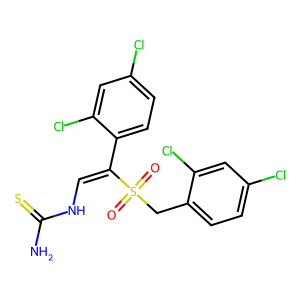
SMILES: NC(=S)NC=C(c1ccc(Cl)cc1Cl)S(=O)(=O)Cc1ccc(Cl)cc1Cl
Inhibits HIV replication: No